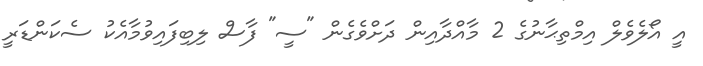
އީ އޯލެވެލް އިމްތިޙާނުގެ 2 މާއްދާއިން ދަށްވެގެން "ސީ" ފާސް ލިބިފައިވުމާއެކު ސެކަންޑަރީ